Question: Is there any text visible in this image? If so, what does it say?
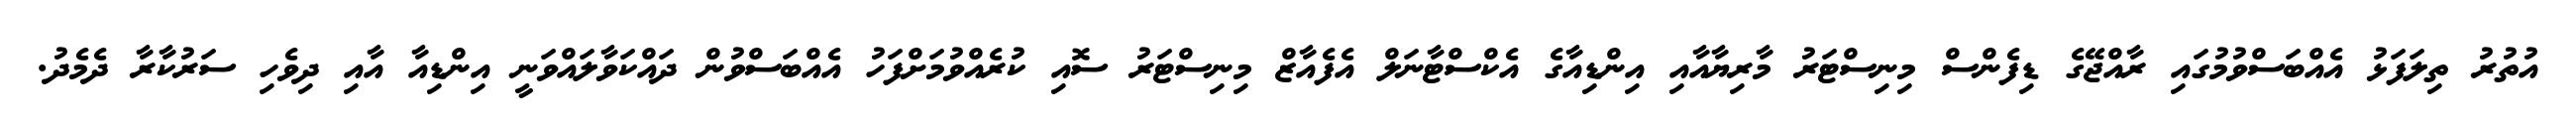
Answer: އުތުރު ތިލަފަޅު އެއްބަސްވުމުގައި ރާއްޖޭގެ ޑިފެންސް މިނިސްޓަރު މާރިޔާއާއި އިންޑިއާގެ އެކްސްޓާނަލް އެފެއާޒް މިނިސްޓަރު ސޮއި ކުރެއްވުމަށްފަހު އެއްބަސްވުން ދައްކަވާލައްވަނީ އިންޑިއާ އާއި ދިވެހި ސަރުކާރާ ދެމެދު.